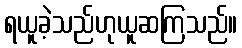
ရယူခဲ့သည်ဟုယူဆကြသည်။